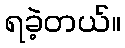
ရခဲ့တယ်။